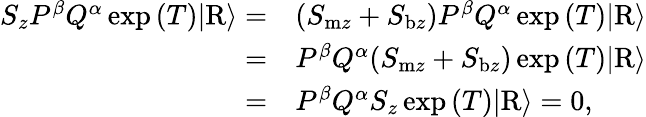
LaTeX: \begin{array}{rl}{S_{z}P^{\beta}Q^{\alpha}\exp{(T)}\vert\mathrm{R}\rangle=}&{(S_{\mathrm{m}z}+S_{\mathrm{b}z})P^{\beta}Q^{\alpha}\exp{(T)}\vert\mathrm{R}\rangle}\\ {=}&{P^{\beta}Q^{\alpha}(S_{\mathrm{m}z}+S_{\mathrm{b}z})\exp{(T)}\vert\mathrm{R}\rangle}\\ {=}&{P^{\beta}Q^{\alpha}S_{z}\exp{(T)}\vert\mathrm{R}\rangle=0,}\end{array}